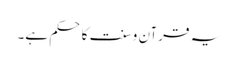
یہ قرآن و سنت کا حکم ہے۔